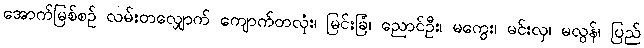
အောက်မြစ်စဉ် လမ်းတလျှောက် ကျောက်တလုံး၊ မြင်းခြံ၊ ညောင်ဦး၊ မကွေး၊ မင်းလှ၊ မလွန်၊ ပြည်